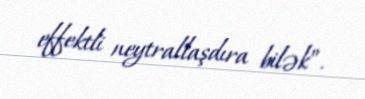
effektli neytrallaşdıra bilək”.